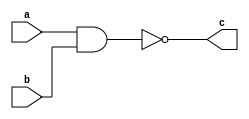
`timescale 1ns / 1ps
//////////////////////////////////////////////////////////////////////////////////
// Company: 
// Engineer: 
// 
// Design Name: 
// Module Name: nand_2
// Project Name: 
// Target Devices: 
// Tool Versions: 
// Description: 
// 
// Dependencies: 
// 
// Revision:
// Revision 0.01 - File Created
// Additional Comments:
// 
//////////////////////////////////////////////////////////////////////////////////


module nand_2(
    input a,b,
    output c
    );
assign c=~(a&b);
endmodule